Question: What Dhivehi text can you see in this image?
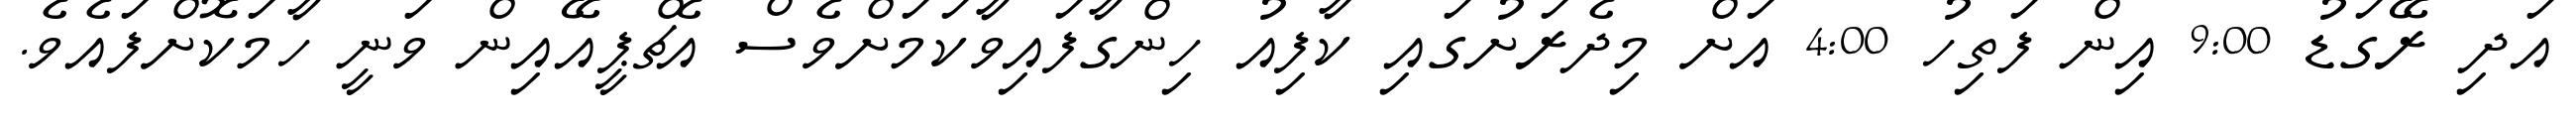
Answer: އަދި ރޭގަޑު 9:00 އިން ފަތިހު 4:00 އަށް މިދެރަށުގައި ކާފިއު ހިންގާފައިވާކަމަށްވެސް އެޗްޕީއޭއިން ވަނީ ހާމަކޮށްފައެވެ.